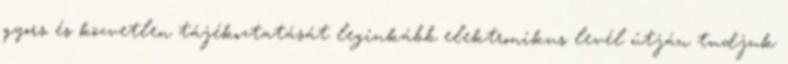
gyors és közvetlen tájékoztatását leginkább elektronikus levél útján tudjuk